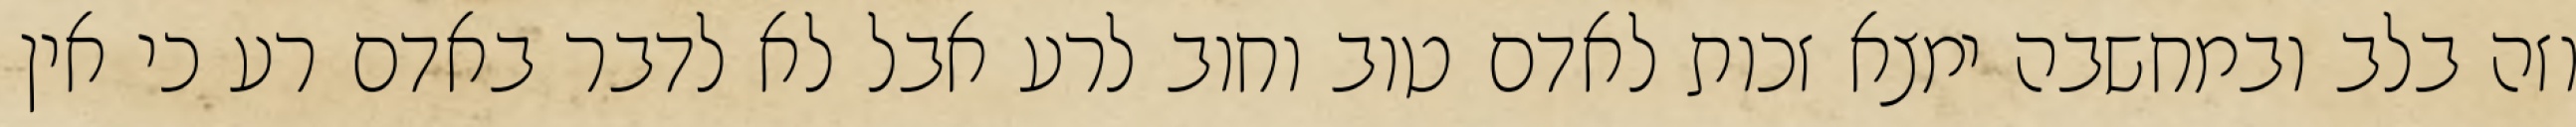
וזה בלב ובמחשבה ימצא זכות לאדם טוב וחוב לרע אבל לא לדבר באדם רע כי אין